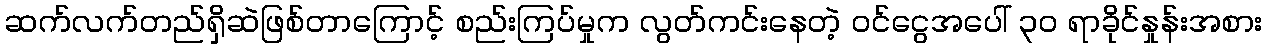
ဆက်လက်တည်ရှိဆဲဖြစ်တာကြောင့် စည်းကြပ်မှုက လွတ်ကင်းနေတဲ့ ဝင်ငွေအပေါ် ၃၀ ရာခိုင်နှုန်းအစား